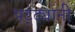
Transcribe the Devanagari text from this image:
पट्ट्यानी